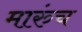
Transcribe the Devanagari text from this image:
मारुंच